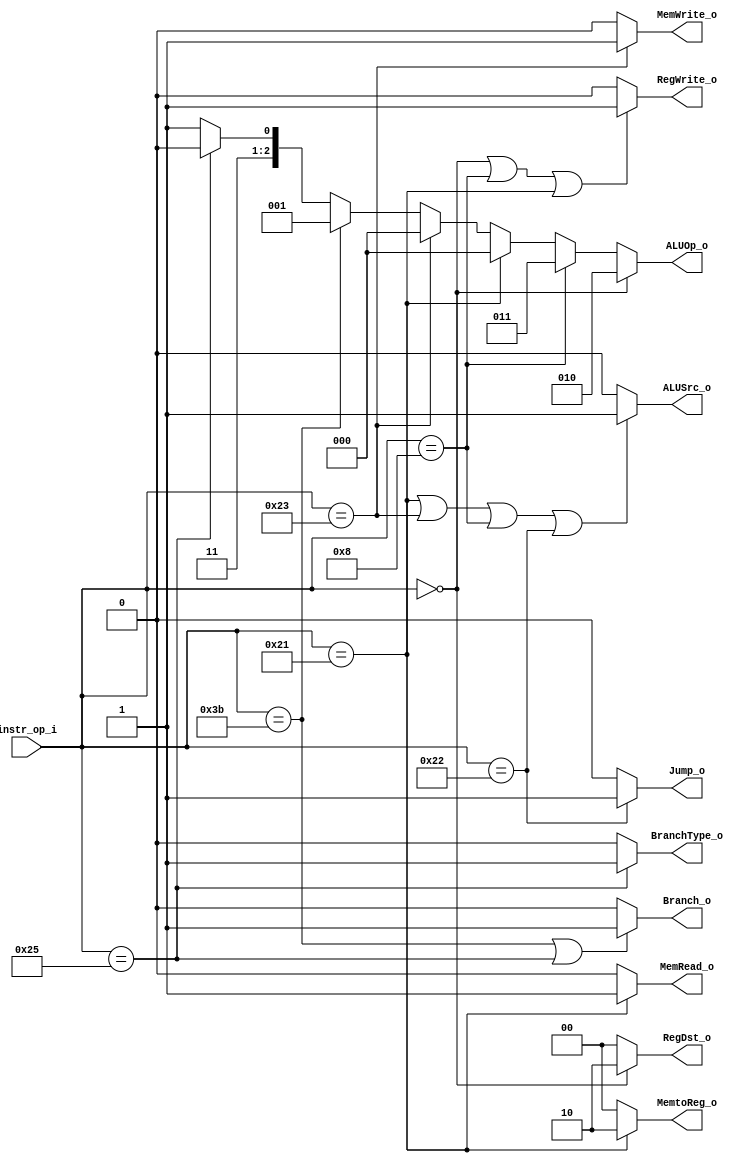
module Decoder( instr_op_i, RegWrite_o,	ALUOp_o, ALUSrc_o, RegDst_o, Jump_o, Branch_o, BranchType_o, MemWrite_o, MemRead_o, MemtoReg_o);
     
//I/O ports
input	[6-1:0] instr_op_i;

output			RegWrite_o;
output	[3-1:0] ALUOp_o;
output			ALUSrc_o;

output	[2-1:0]	RegDst_o, MemtoReg_o;
output			Jump_o, Branch_o, BranchType_o, MemWrite_o, MemRead_o;
 
//Internal Signals
wire	[3-1:0] ALUOp_o;
wire			ALUSrc_o;
wire			RegWrite_o;
wire	[2-1:0]	RegDst_o, MemtoReg_o;
wire			Jump_o, Branch_o, BranchType_o, MemWrite_o, MemRead_o;

assign RegWrite_o = (instr_op_i == 6'b000000) || 
                    (instr_op_i == 6'b001000) || 
                    (instr_op_i == 6'b100001) ? 1 : 0;

assign RegDst_o   =  (instr_op_i == 6'b000000) ? 2'b10 : 2'b00;

assign ALUSrc_o   =  (instr_op_i == 6'b100001) ||
                     (instr_op_i == 6'b100011) ||
                     (instr_op_i == 6'b001000) ||
                     (instr_op_i == 6'b100010) ? 1 : 0;

assign Jump_o   = (instr_op_i == 6'b100010) ? 1 : 0;

assign Branch_o = (instr_op_i == 6'b111011) ||
                  (instr_op_i == 6'b100101) ? 1 : 0;


assign BranchType_o = (instr_op_i == 6'b100101) ? 1 : 0;

assign MemWrite_o   = (instr_op_i == 6'b100011) ? 1 : 0;

assign MemRead_o    = (instr_op_i == 6'b100001) ? 1 : 0;


assign MemtoReg_o   =  (instr_op_i == 6'b100001) ? 2'b10 : 2'b00;

// assign ALUOp_o    =  

assign ALUOp_o    = (instr_op_i == 6'b000000) ? 3'b010 : 
                    (instr_op_i == 6'b001000) ? 3'b011 : 
                    (instr_op_i == 6'b100001) ? 3'b000 : 
                    (instr_op_i == 6'b100011) ? 3'b000 : 
                    (instr_op_i == 6'b111011) ? 3'b001 : 
                    (instr_op_i == 6'b100101) ? 3'b110 :
                    (instr_op_i == 6'b100010) ? 3'b111 :
                                                3'b111 ;

endmodule